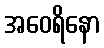
အဝေရိနော